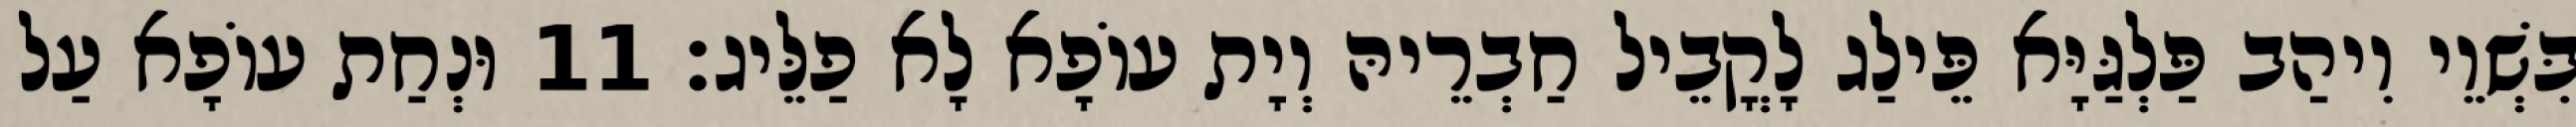
בִּשְׁוֵי וִיהַב פַּלְגַּיָּא פֵּילַג לָקֳבֵיל חַבְרֵיהּ וְיָת עוֹפָא לָא פַלֵּיג׃ 11 וּנְחַת עוֹפָא עַל